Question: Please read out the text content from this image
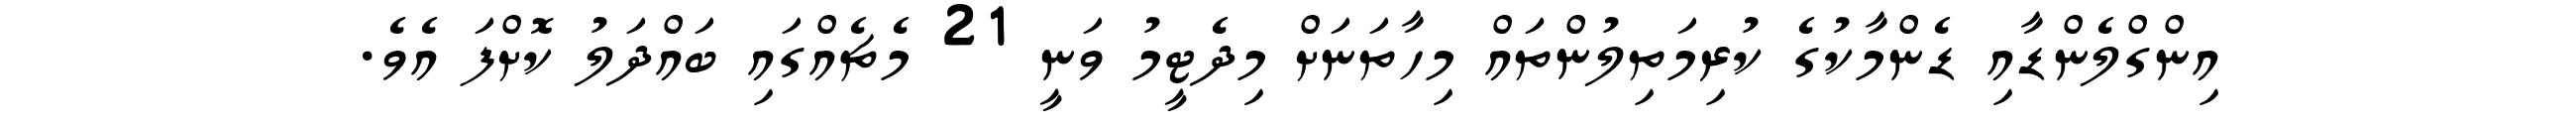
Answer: އިންގްލެންޑާއި ޑެންމާކުގެ ކުރިމަތިލުންތައް މިހާތަނަށް މިދެޓީމު ވަނީ 21 މެޗެއްގައި ބައްދަލު ކޮށްފަ އެވެ.